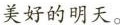
美好的明天。